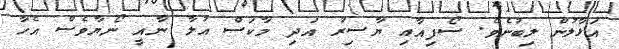
އަޅާލުން ލިބުނެވެ. ސޯފިއާއި ޔާސިރު އަދި މާކަސް އުލާ ނާއީ ނޯޔާވެސް އެހާ